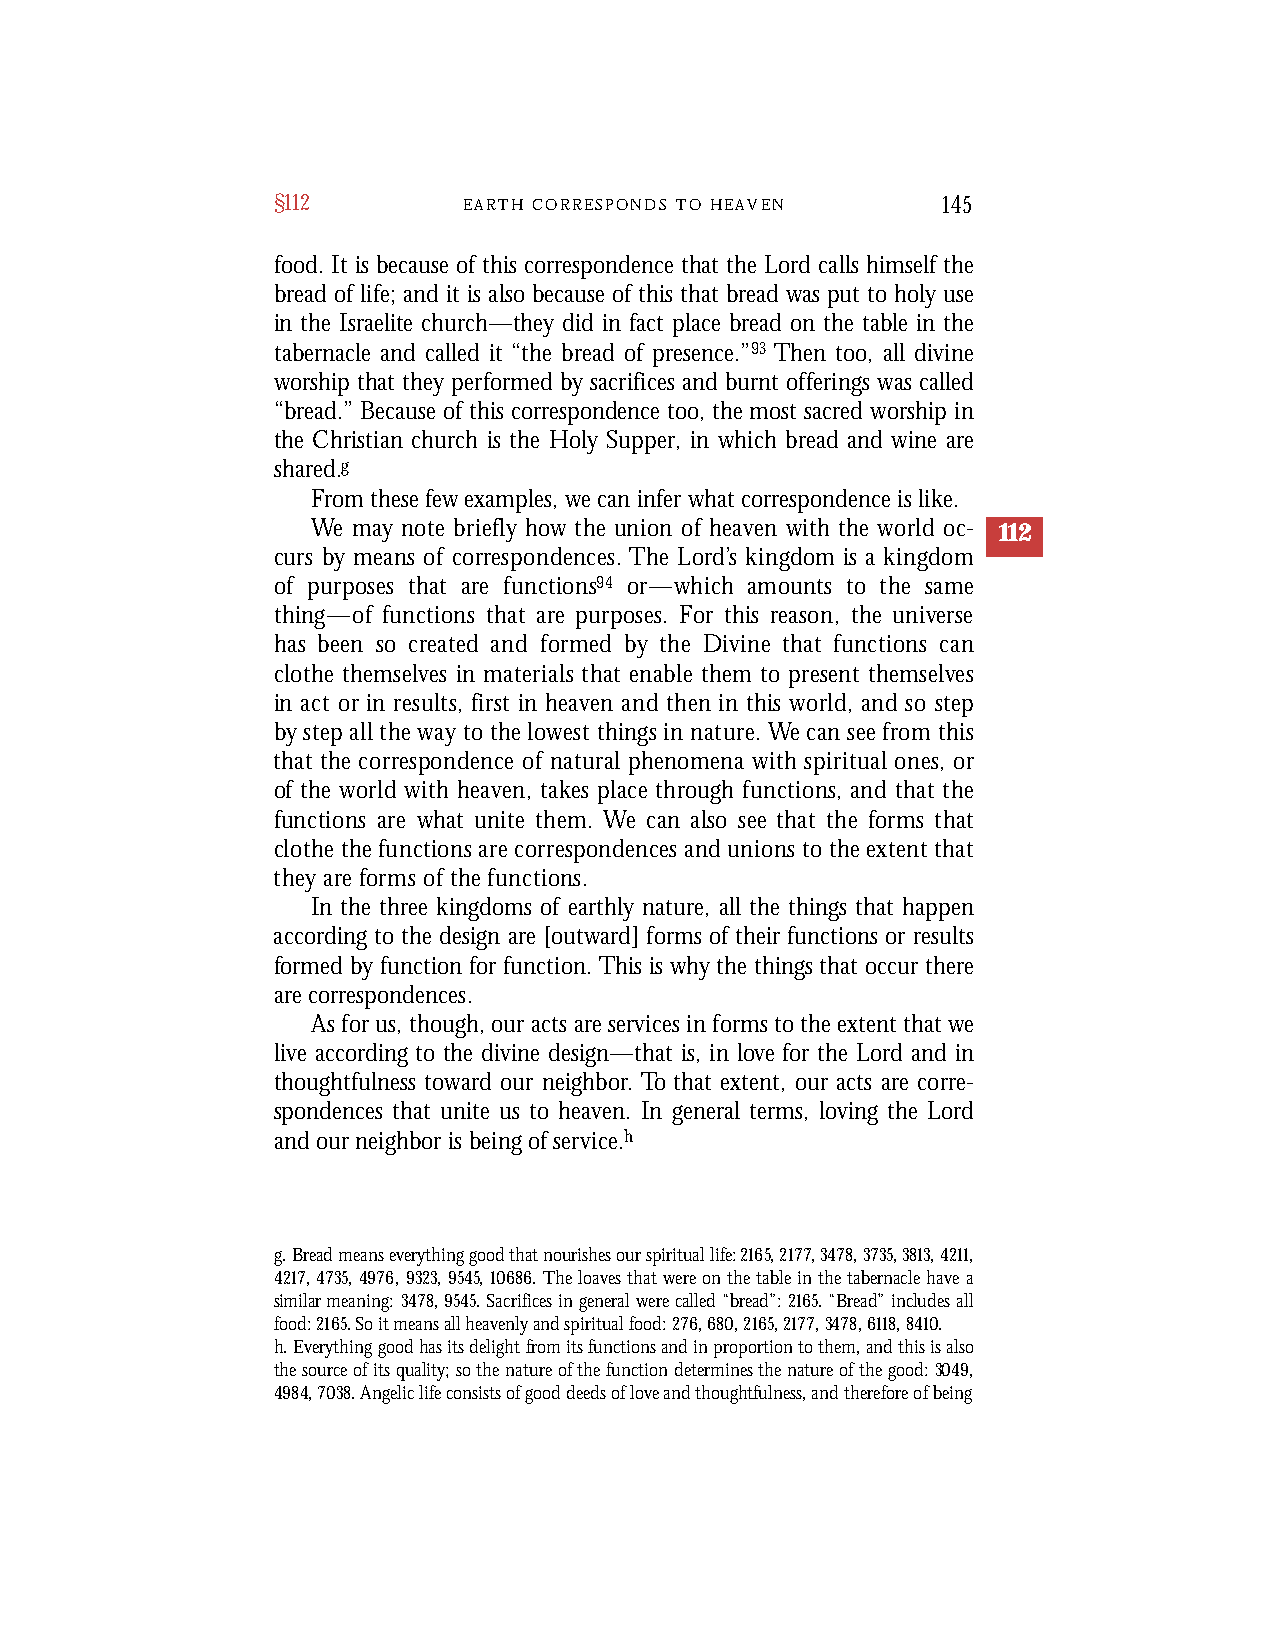
§112         E A R T H C O R R E S P O N D S T O H E A V E N 145
 food. It is because of this correspondence that the Lord calls himself the
 bread of life; and it is also because of this that bread was put to holy use
 in the Israelite church—they did in fact place bread on the table in the
 tabernacle and called it “the bread of presence.”93 Then too, all divine
 worship that they performed by sacrifices and burnt offerings was called
 “bread.” Because of this correspondence too, the most sacred worship in
 the Christian church is the Holy Supper, in which bread and wine are
 shared.g
 From these few examples, we can infer what correspondence is like.
 We may note briefly how the union of heaven with the world oc- 112
 curs by means of correspondences. The Lord’s kingdom is a kingdom
 of purposes that are functions9 4 or—which amounts to the same
 thing—of functions that are purposes. For this reason, the unive r s e
 has been so created and formed by the Divine that functions can
 clothe themselves in materials that enable them to present themselve s
 in act or in results, first in heaven and then in this world, and so step
 by step all the way to the lowest things in nature. We can see from this
 that the correspondence of natural phenomena with spiritual ones, or
 of the world with heaven, takes place through functions, and that the
 functions are what unite them. We can also see that the forms that
 clothe the functions are correspondences and unions to the extent that
 they are forms of the functions.
 In the three kingdoms of earthly nature, all the things that happen
 according to the design are [outward] forms of their functions or results
 formed by function for function. This is why the things that occur there
 are correspondences.
 As for us, though, our acts are services in forms to the extent that we
 live according to the divine design—that is, in love for the Lord and in
 thoughtfulness toward our neighbor. To that extent, our acts are corre-
 spondences that unite us to heaven. In general terms, loving the Lord
 and our neighbor is being of service.h
 g. Bread means everything good that nourishes our spiritual life: 2165,2177,3478,3735,3813,4211,
 4217,4735,4976,9323,9545,10686. The loaves that were on the table in the tabernacle have a
 similar meaning: 3478,9545. Sacrifices in general were called “bread”: 2165. “Bread” includes all
 food: 2165. So it means all heavenly and spiritual food: 276, 680, 2165, 2177, 3478, 6118, 8410.
 h. Everything good has its delight from its functions and in proportion to them, and this is also
 the source of its quality; so the nature of the function determines the nature of the good: 3049,
 4984, 7038. Angelic life consists of good deeds of love and thoughtfulness, and therefore of being